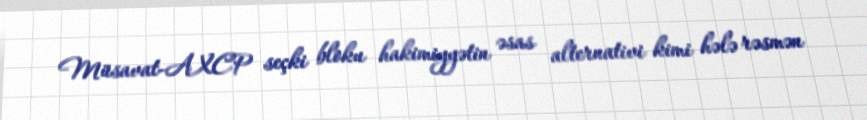
Müsavat-AXCP seçki bloku hakimiyyətin əsas alternativi kimi hələ rəsmən